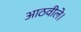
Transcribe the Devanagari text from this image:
आठवीले।